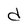
Character: d